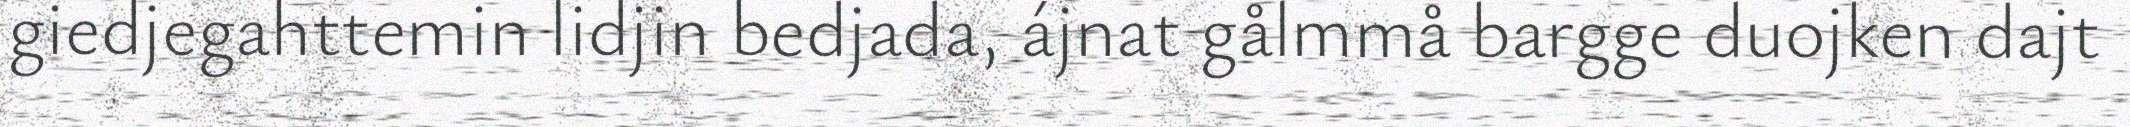
giedjegahttemin lidjin bedjada, ájnat gålmmå bargge duojken dajt